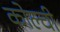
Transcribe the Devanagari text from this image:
कोल्ची